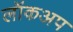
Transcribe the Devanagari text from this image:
लॉकअप